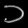
Digit: ၁